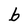
Character: b